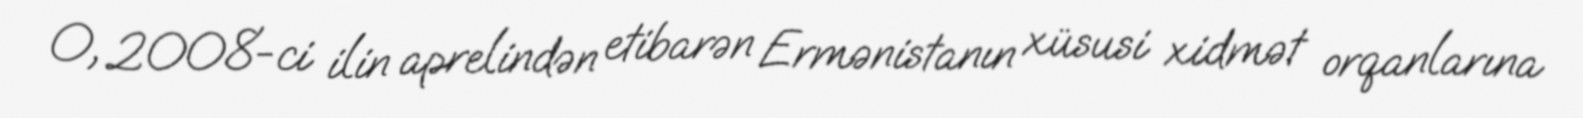
O, 2008-ci ilin aprelindən etibarən Ermənistanın xüsusi xidmət orqanlarına